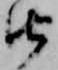
由